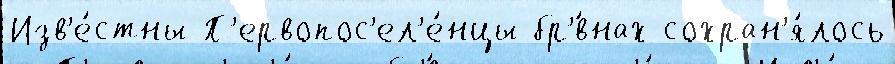
Изв'е́стны П'ервопос'ел'е́нцы бр'́внах сохран'я́лось